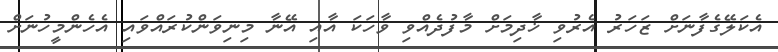
އެކަލޭގެފާނަށް ޒަހަރު އެރުވި ޚާދިމަށް މާފުދެއްވި ވާހަކަ އާއި އޭނާ މިނިވަންކުރައްވައި އެހެންމީހުނަށް